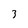
Character: 3